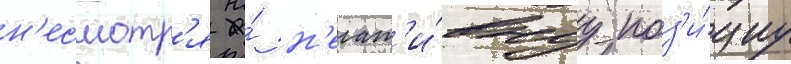
н'есмотр'я на́ н'егат'и́внуу поз'и́циу